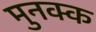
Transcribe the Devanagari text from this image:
मुनक्क